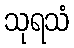
သုရသံ